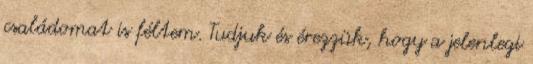
családomat is féltem. Tudjuk és érezzük, hogy a jelenlegi